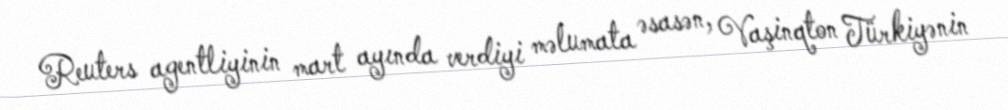
Reuters agentliyinin mart ayında verdiyi məlumata əsasən, Vaşinqton Türkiyənin